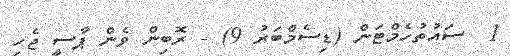
1  ސައުތުހެމްޓަން (ޑިސެމްބަރު 9) - ރޮބިން ވެން ޕާސީ ޖެހި